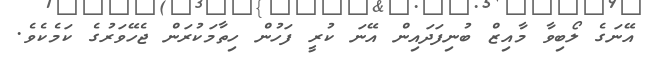
އޭނަގެ ލޯބިވާ މާއިޒް ބުނިފަދައިން އޭނަ ކުރީ ފަހުން ހިތާމަކުރަން ޖެހޭވަރުގެ ކަމެކެވެ.